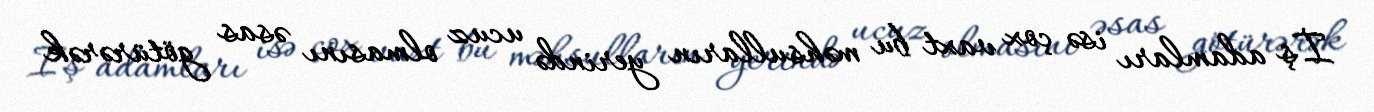
İş adamları isə çox vaxt bu məhsulların yerində ucuz olmasını əsas götürərək